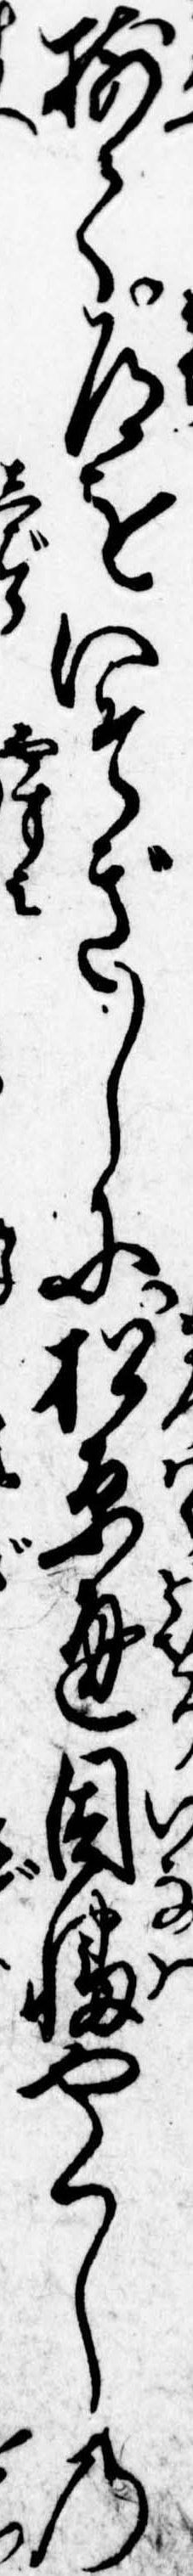
揃て道をいそぎしに松原通因幡やくしの